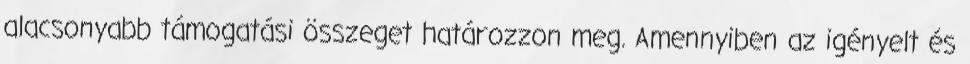
alacsonyabb támogatási összeget határozzon meg. Amennyiben az igényelt és